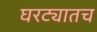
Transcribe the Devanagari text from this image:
घरट्यातच